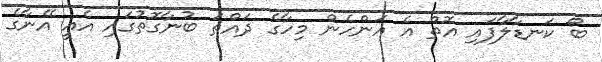
ބޯ ކަނޑާލާފައި އޮތް އެ އަންހެން މިހާގެ ދައްތަ ބުނާގޮތުގައި އެއީ އޭނާގެ